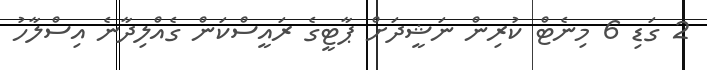
2 ގަޑި 6 މިނެޓް ކުރިން ނަޝީދަށް ޕާޓީގެ ރައީސްކަން ގެއްލިދާނެ އިސްލާހު